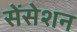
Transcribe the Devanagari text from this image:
सेंसेशन